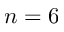
n = 6